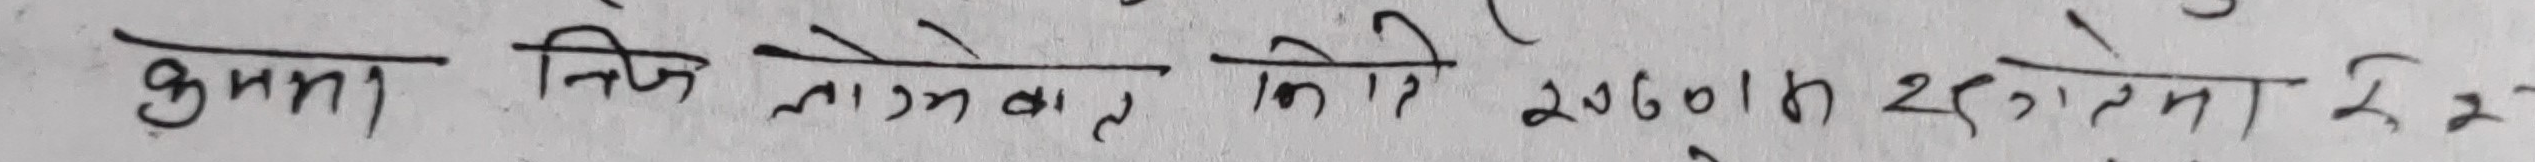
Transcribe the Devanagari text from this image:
कृष्णा निज लगानी. ली. को २०७०/१२/२५ गतेसम्म